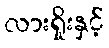
လားရှိုးနှင့်